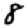
Digit: 8